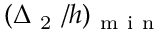
( \Delta _ { \mathrm { ~ 2 ~ } } / h ) _ { \mathrm { ~ m ~ i ~ n ~ } }